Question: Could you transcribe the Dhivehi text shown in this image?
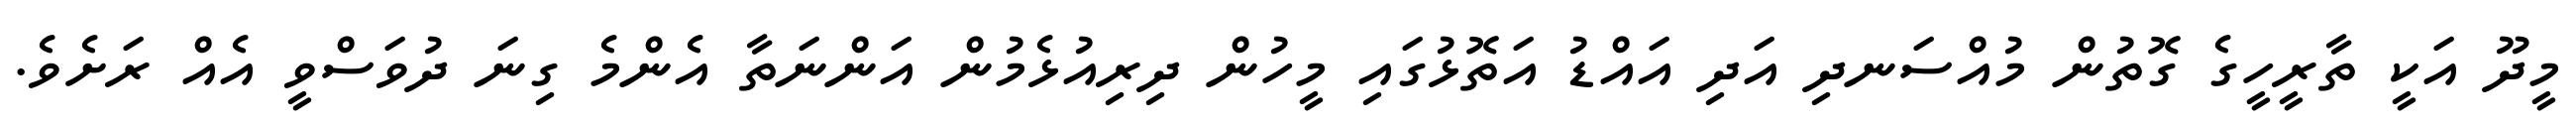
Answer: މީދޫ އަކީ ތާރީހީގެ ގޮތުން މުއްސަނދި އަދި އައްޑު އަތޮޅުގައި މީހުން ދިރިއުޅެމުން އަންނަތާ އެންމެ ގިނަ ދުވަސްވީ އެއް ރަށެވެ.